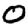
Digit: 0